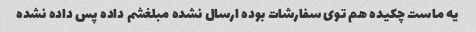
یه ماست چکیده هم توی سفارشات بوده ارسال نشده مبلغشم داده پس داده نشده